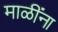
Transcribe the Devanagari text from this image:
माळींना